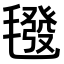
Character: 𣰀